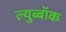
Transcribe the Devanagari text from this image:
ल्युब्बॉक